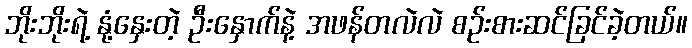
ဘိုးဘိုးရဲ့ နုံ့နှေးတဲ့ ဦးနှောက်နဲ့ အဖန်တလဲလဲ စဉ်းစားဆင်ခြင်ခဲ့တယ်။